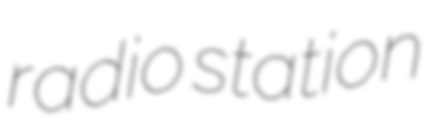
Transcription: radio station